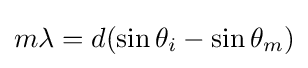
m\lambda =d(\sin {\theta _{i}}-\sin {\theta _{m}})